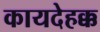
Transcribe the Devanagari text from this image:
कायदेहक्क